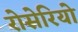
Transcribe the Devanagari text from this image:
रोसेरियो